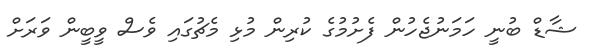
ޝާޑް ބުނީ ހަމަނުޖެހުން ފެށުމުގެ ކުރިން މުޅި މެޗުގައި ވެސް ވީބީން ވަރަށް